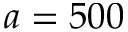
a = 5 0 0